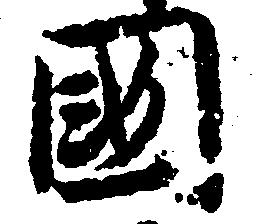
国